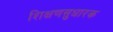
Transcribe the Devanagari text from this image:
शिक्षणसुधारक